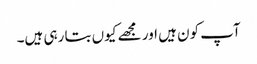
آپ کون ہیں اور مجھے کیوں بتا رہی ہیں۔